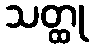
သတ္ထု